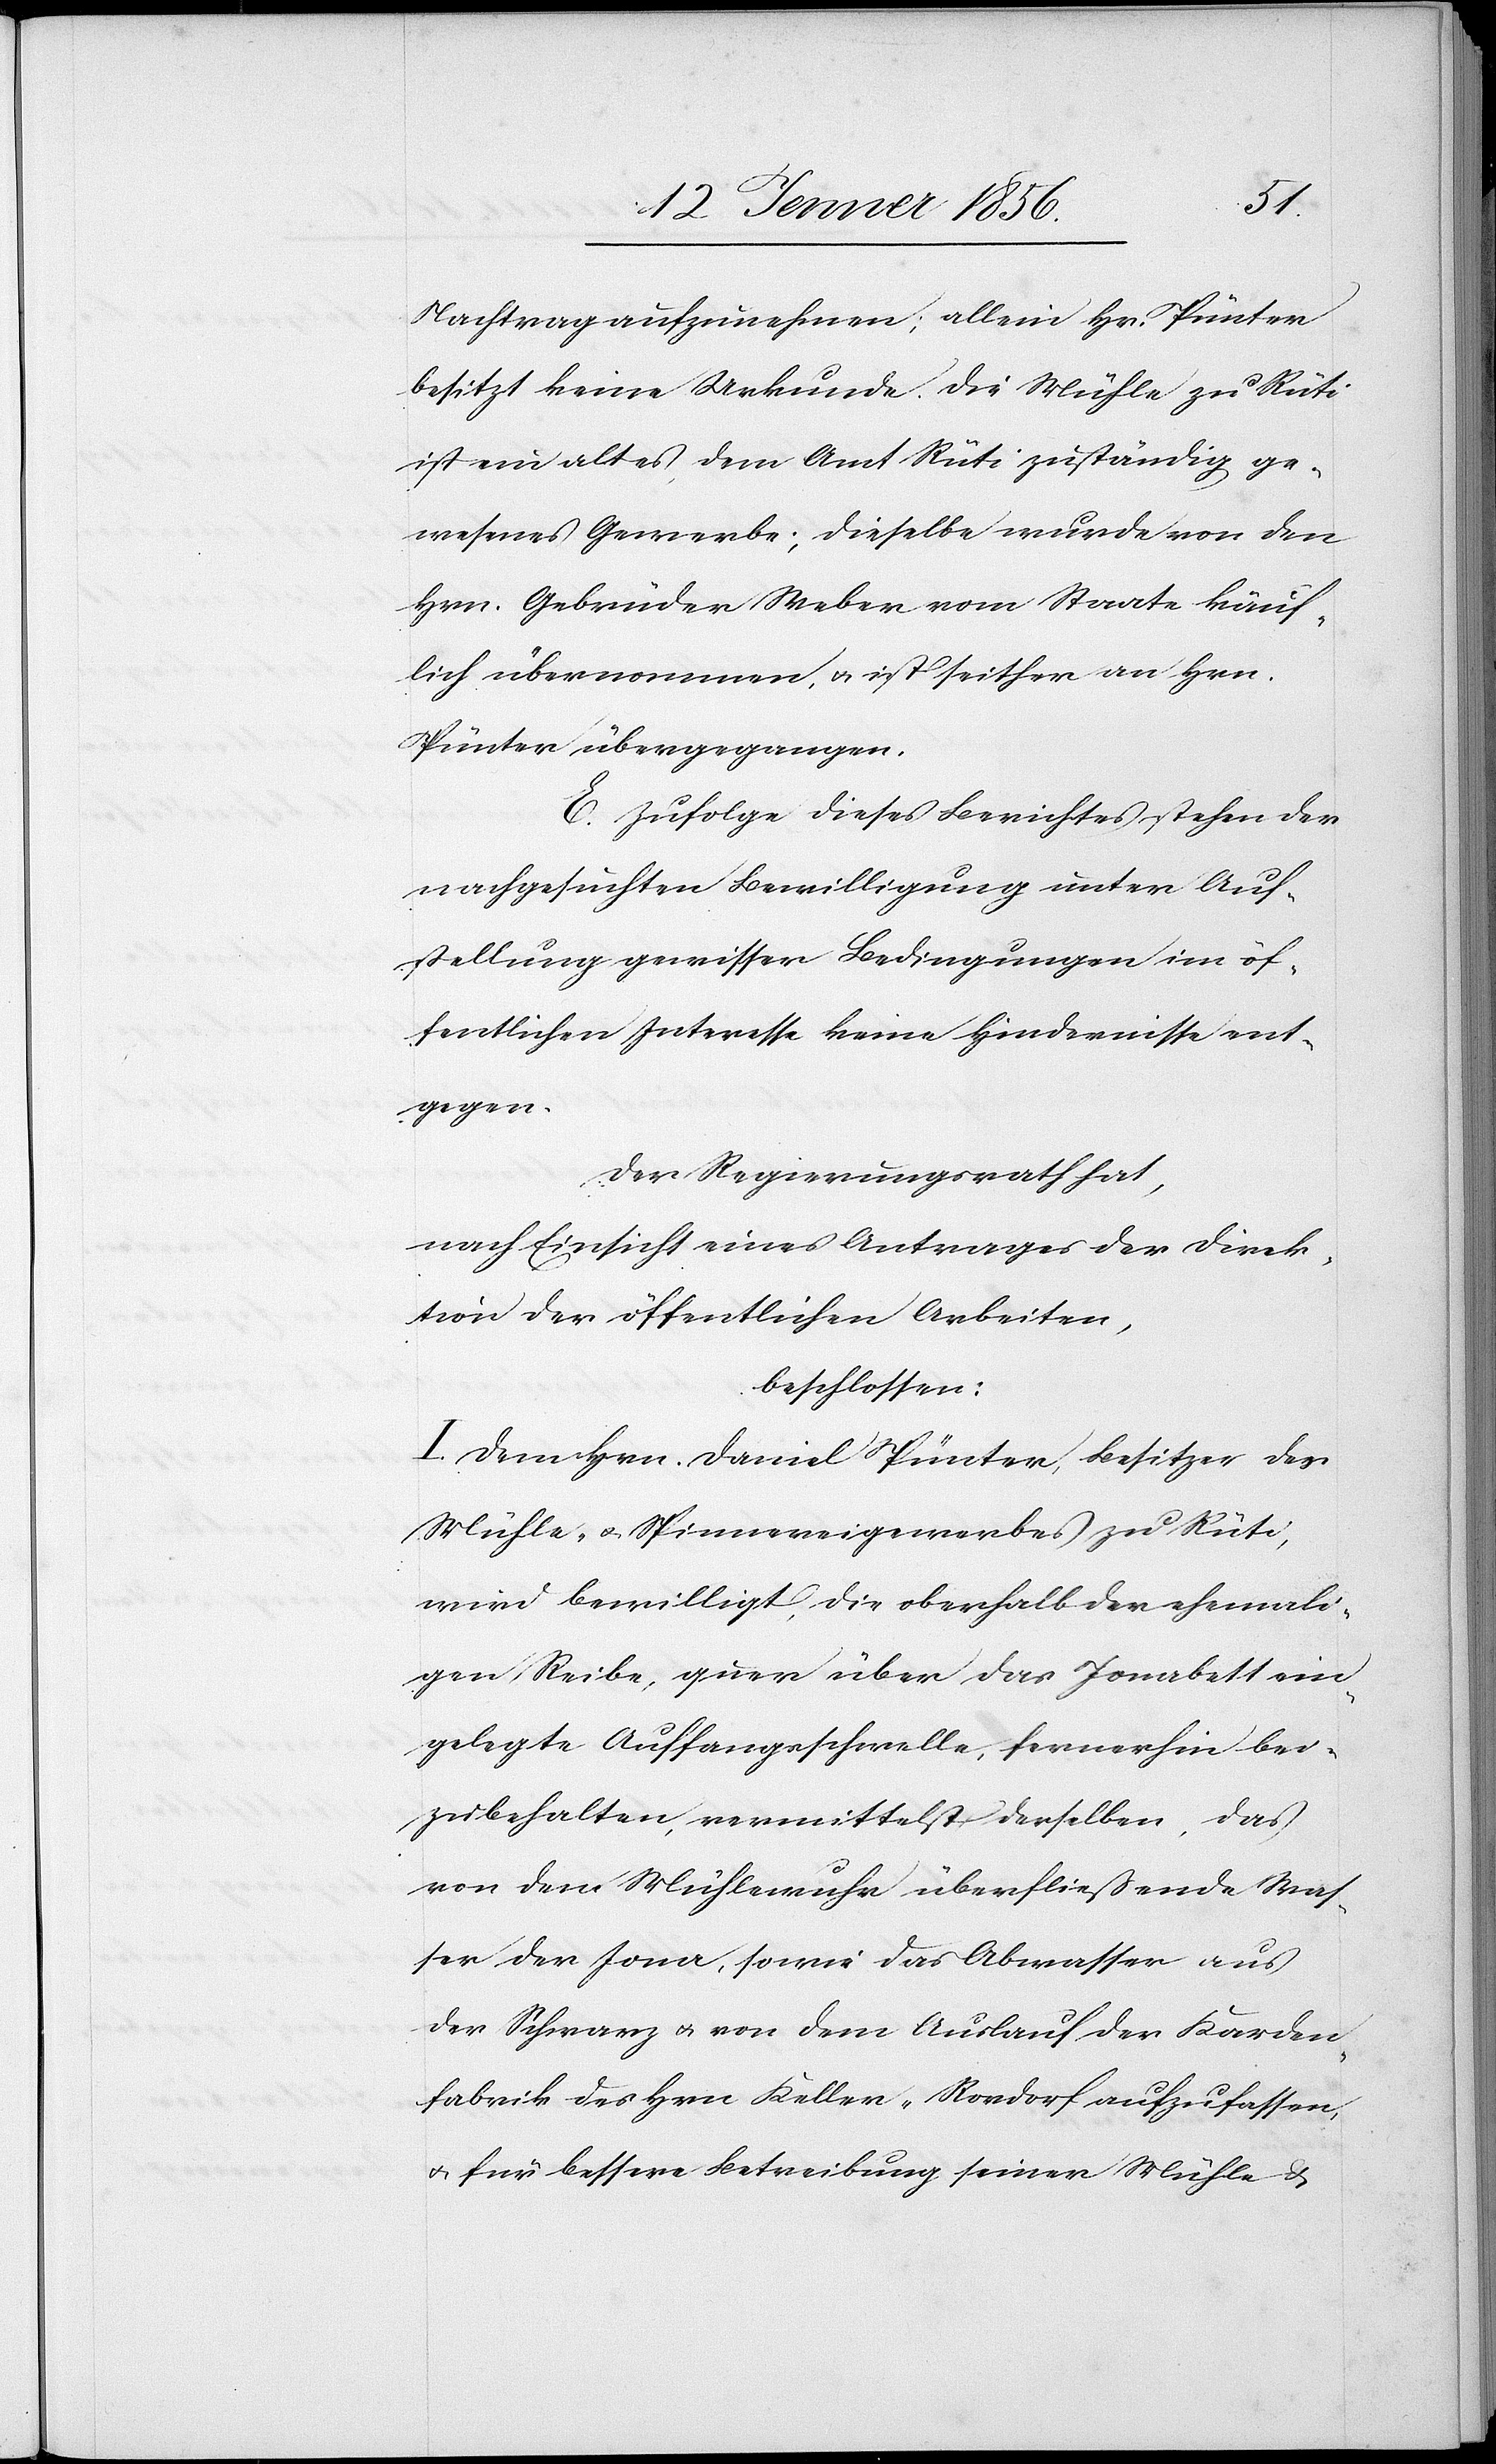
Nachtrag aufzunehmen; allein Hr. Pünter
besitzt keine Urkunde. Die Mühle zu Rüti
ist ein altes, dem Amt Rüti zuständig ge¬
wesenes Gewerbe; dieselbe wurde von den
Hrn. Gebrüder Weber vom Staate käuf¬
lich übernommen, u, ist seither an Hrn.
Pünter übergegangen.
E. Zufolge dieses Berichtes stehen der
nachgesuchten Bewilligung unter Auf¬
stellung gewisser Bedingungen im öf¬
fentlichen Interesse keine Hindernisse ent¬
gegen.
Der Regierungsrath hat,
nach Einsicht eines Antrages der Direk¬
tion der öffentlichen Arbeiten,
beschlossen:
I. Dem Hrn. Daniel Pünter, Besitzer des
Mühle- u. Spinnereigewerbes zu Rüti,
wird bewilligt, die oberhalb der ehemali¬
gen Reibe, quer über das Jonabett ein¬
gelegte Auffangsschwelle, fernerhin bei¬
zubehalten, vermittelst derselben, daß
von dem Mühlewuhr überfließende Was¬
ser der Jona, sowie das Abwasser aus
der Schwarz u. von dem Auslauf der Karden¬
fabrik des Hrn Keller-Rordorf aufzufassen,
u. für bessere Betreibung seiner Mühle u.